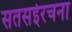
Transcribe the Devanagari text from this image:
सतसईरचना